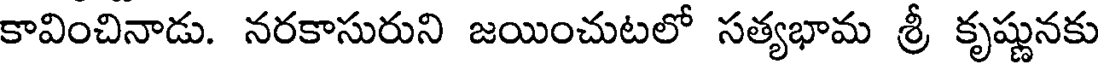
కావించినాడు. నరకాసురుని జయించుటలో సత్యభామ శ్రీ కృష్ణునకు